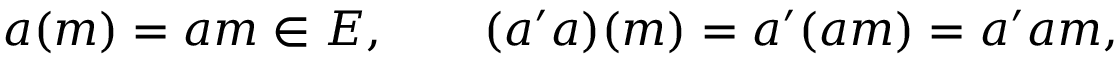
a ( m ) = a m \in E , \qquad ( a ^ { \prime } a ) ( m ) = a ^ { \prime } ( a m ) = a ^ { \prime } a m ,